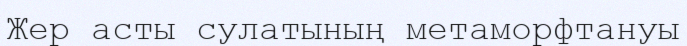
Жер асты сулатының метаморфтануы